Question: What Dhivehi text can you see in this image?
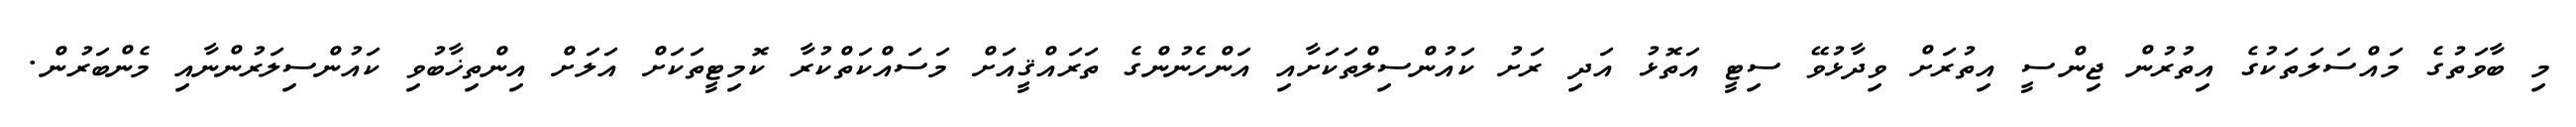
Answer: މި ބާވަތުގެ މައްސަލަތަކުގެ އިތުރުން ޖިންސީ އިތުރަށް ވިދާޅުވޭ ސިޓީ އަތޮޅު އަދި ރަށު ކައުންސިލްތަކަށާއި އަންހެނުންގެ ތަރައްޤީއަށް މަސައްކަތްކުރާ ކޮމިޓީތަކަށް އަލަށް އިންތިޚާބުވި ކައުންސިލަރުންނާއި މެންބަރުން.